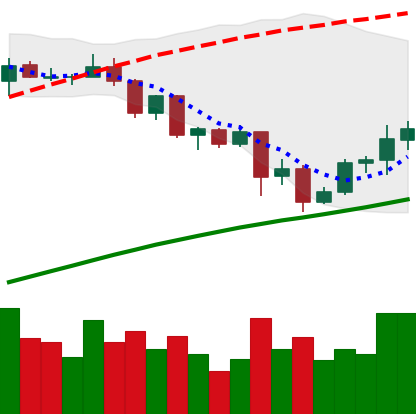
Ticker: ADA-USD
Chart end date: 2020-09-01
Forward return: -25.796%
Label: down_7plus